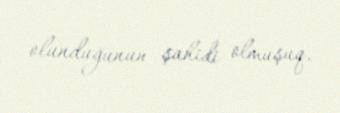
olunduğunun şahidi olmuşuq.